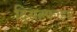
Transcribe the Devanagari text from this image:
द्विसल्फाइड